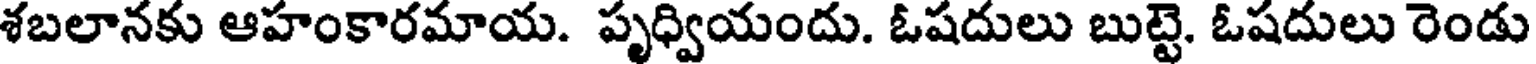
శబలానకు ఆహంకారమాయ. పృధ్వియందు. ఓషదులు బుట్టె. ఓషదులు రెండు